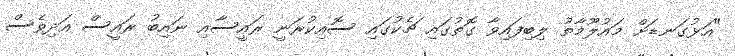
"އަޅުގަނޑަށް މައުލޫމާތު ލިބިފައިވާ ގޮތުގައި ޗެކުގައި ސޮއިކުރަނީ ރައީސާއި ނައިބު ރައީސް އަދިވެސް